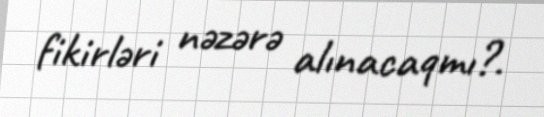
fikirləri nəzərə alınacaqmı?.